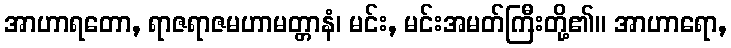
အာဟာရတော, ရာဇရာဇမဟာမတ္တာနံ၊ မင်း, မင်းအမတ်ကြီးတို့၏။ အာဟာရော,